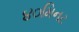
૪૦મિનટ